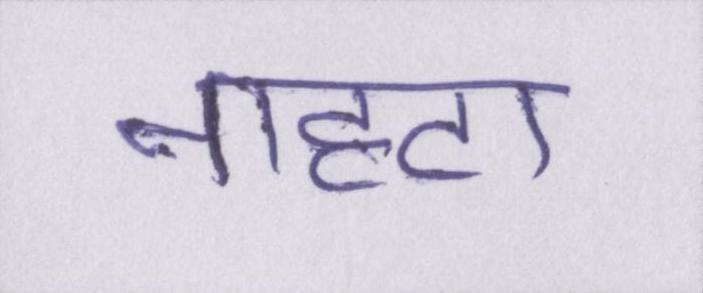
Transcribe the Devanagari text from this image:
नाहटा